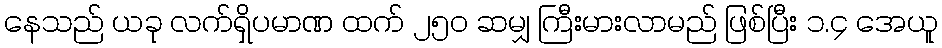
နေသည် ယခု လက်ရှိပမာဏ ထက် ၂၅၀ ဆမျှ ကြီးမားလာမည် ဖြစ်ပြီး ၁.၄ အေယူ